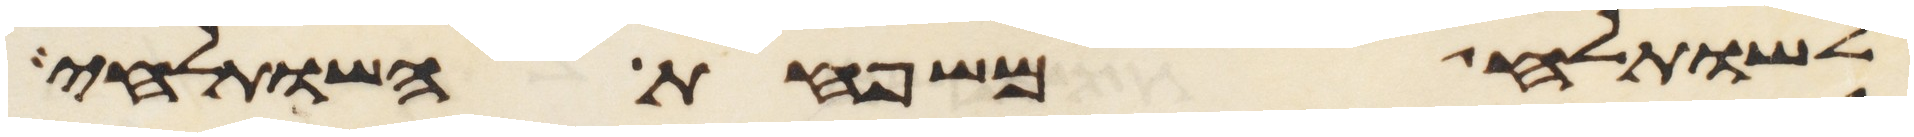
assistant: לשותלח משפחת השותלחי